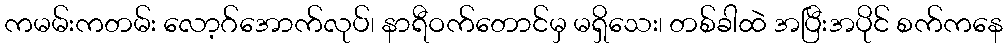
ကမမ်းကတမ်း လော့ဂ်အောက်လုပ်၊ နာရီဝက်တောင်မှ မရှိသေး၊ တစ်ခါထဲ အပြီးအပိုင် စက်ကနေ